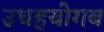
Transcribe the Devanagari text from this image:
उधहयोगब